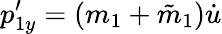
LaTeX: p_{1y}^{\prime}=(m_{1}+\tilde{m}_{1})\dot{u}